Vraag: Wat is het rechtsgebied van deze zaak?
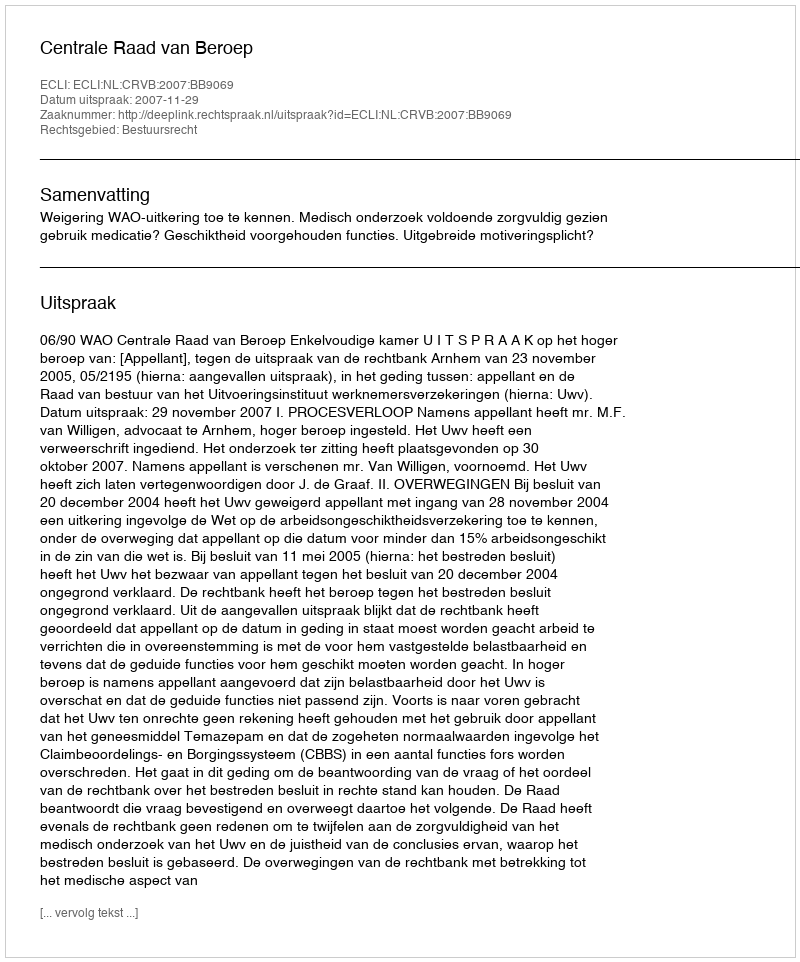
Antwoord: Bestuursrecht